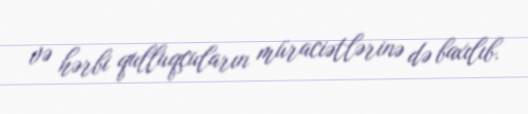
və hərbi qulluqçuların müraciətlərinə də baxılıb.